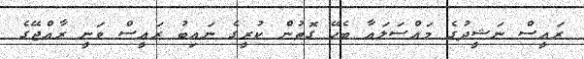
ރައީސް ނަޝީދުގެ މައްސަލައާ ބެހޭ ގޮތުން ކުރީގެ ނައިބު ރައީސް ވަނީ ރާއްޖޭގެ